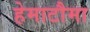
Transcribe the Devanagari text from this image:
हेमाटौमा